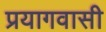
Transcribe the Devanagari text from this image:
प्रयागवासी